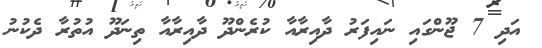
އަދި 7 ޖޫންގައި ނައިފަރު ދާއިރާއާ ކުރެންދޫ ދާއިރާއާ ތިނަދޫ އުތުރާ ދެކުނު